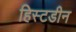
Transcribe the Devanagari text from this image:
हिस्टडीन